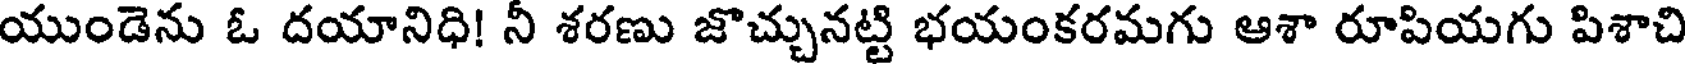
యుండెను ఓ దయానిధి! నీ శరణు జొచ్చునట్టి భయంకరమగు ఆశా రూపియగు పిశాచి